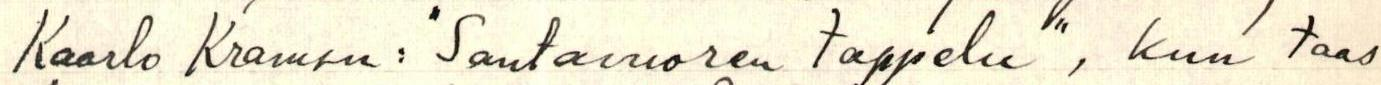
Kaarlo Kramsu: "Santavuoren tappelu", kun taas